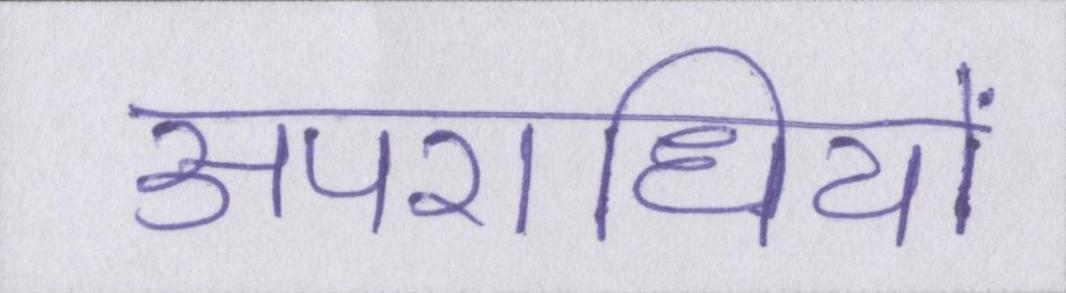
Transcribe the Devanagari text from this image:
अपराधियों